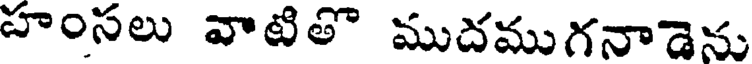
హంసలు వాటితొ ముదముగనాడెను